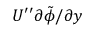
U ^ { \prime \prime } \partial \tilde { \phi } / \partial y